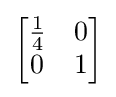
{\begin{bmatrix}{\frac {1}{4}}&0\\0&1\\\end{bmatrix}}